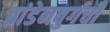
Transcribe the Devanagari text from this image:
ब्रांडेनबुर्गची